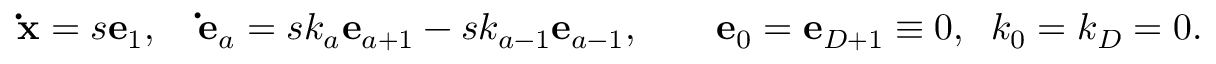
{ \bf { \dot { x } } } = s { \bf e } _ { 1 } , \quad { \bf \dot { e } } _ { a } = s k _ { a } { \bf e } _ { a + 1 } - s k _ { a - 1 } { \bf e } _ { a - 1 } , \quad \quad { \bf e } _ { 0 } = { \bf e } _ { D + 1 } \equiv 0 , \; \; k _ { 0 } = k _ { D } = 0 .